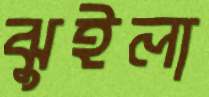
ঝুইলা